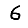
Digit: 6